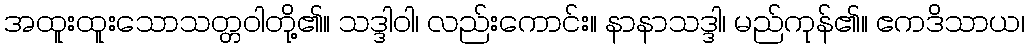
အထူးထူးသောသတ္တဝါတို့၏။ သဒ္ဒါဝါ၊ လည်းကောင်း။ နာနာသဒ္ဒါ၊ မည်ကုန်၏။ ဧကဒိသာယ၊